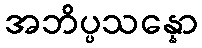
အဘိပ္ပသန္နော